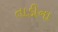
તાડીના